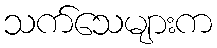
သက်သေများက